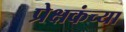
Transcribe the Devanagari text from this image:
प्रेक्षकंच्या